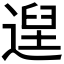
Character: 𮞴